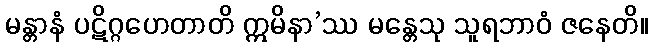
မန္တာနံ ပဋိဂ္ဂဟေတာတိ ဣမိနာ’ဿ မန္တေသု သူရဘာဝံ ဇနေတိ။